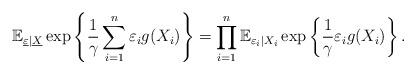
LaTeX: \begin{align*}\mathbb{E}_{\underline{\varepsilon}|\underline{X}}\exp\left\{\frac{1}{\gamma}\sum_{i=1}^n\varepsilon_ig(X_i)\right\}& = \prod_{i=1}^n\mathbb{E}_{\varepsilon_i|X_i}\exp\left\{\frac{1}{\gamma}\varepsilon_ig(X_i)\right\}.\end{align*}